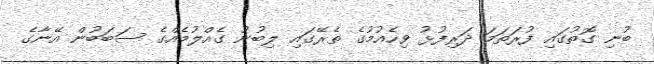
ބުނި ގޮތުގައި ފުރަތަމަ ދަރިފުޅު ވިހެއުމުގެ ތެރޭގައި ލިބުނު ގެއްލުމެއްގެ ސަބަބުން އޭނާގެ